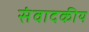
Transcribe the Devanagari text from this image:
संवादकीय